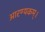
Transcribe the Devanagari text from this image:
आरण्यकम्।